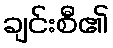
ချင်းစီ၏